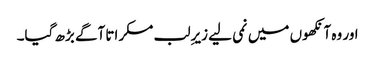
اور وہ آنکھوں میں نمی لیے زیرِ لب مسکراتا آگے بڑھ گیا۔